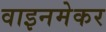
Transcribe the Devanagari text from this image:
वाइनमेकर